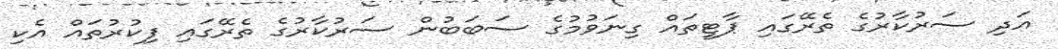
އަދި ސަރުކާރުގެ ތެރޭގައި ޕާޓީތައް ގިނަވުމުގެ ސަބަބުން ސަރުކާރުގެ ތެރޭގައި ފިކުރުތައް އެކި